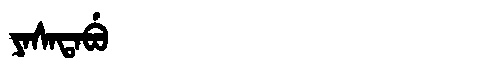
Manchu: ᠶᠠᠰᠠᡨᠠᠪᡠ
Romanization: YASATABU